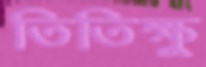
তিতিক্ষু